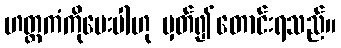
ဟတ္ထကံကိုပေးပါဟု မှတ်၍တောင်းရသည်။